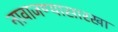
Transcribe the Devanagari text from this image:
नावाजण्यासारखा